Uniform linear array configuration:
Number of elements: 8
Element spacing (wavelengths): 1
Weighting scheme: kaiser
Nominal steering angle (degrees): -45
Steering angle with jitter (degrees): -45.981
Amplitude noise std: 0.05
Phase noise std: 0.05

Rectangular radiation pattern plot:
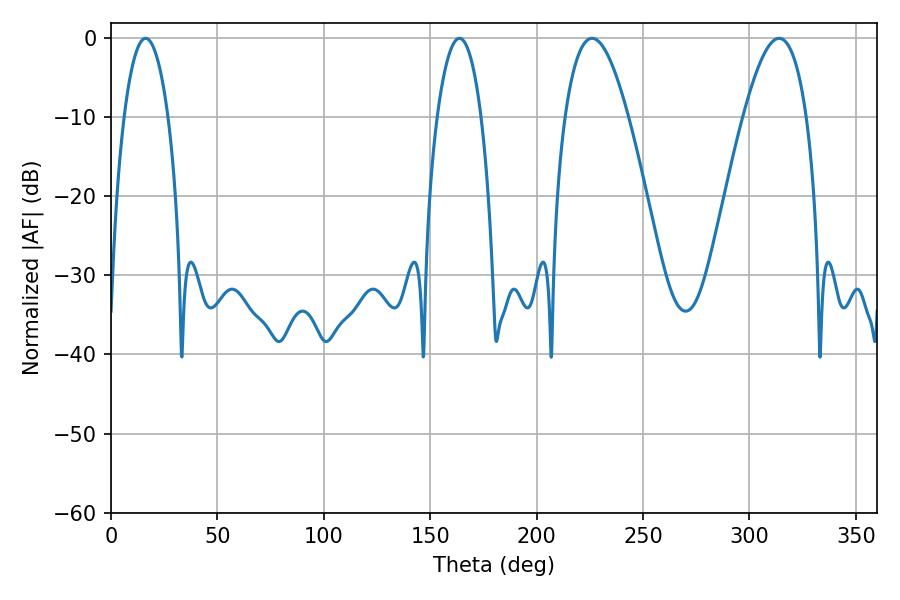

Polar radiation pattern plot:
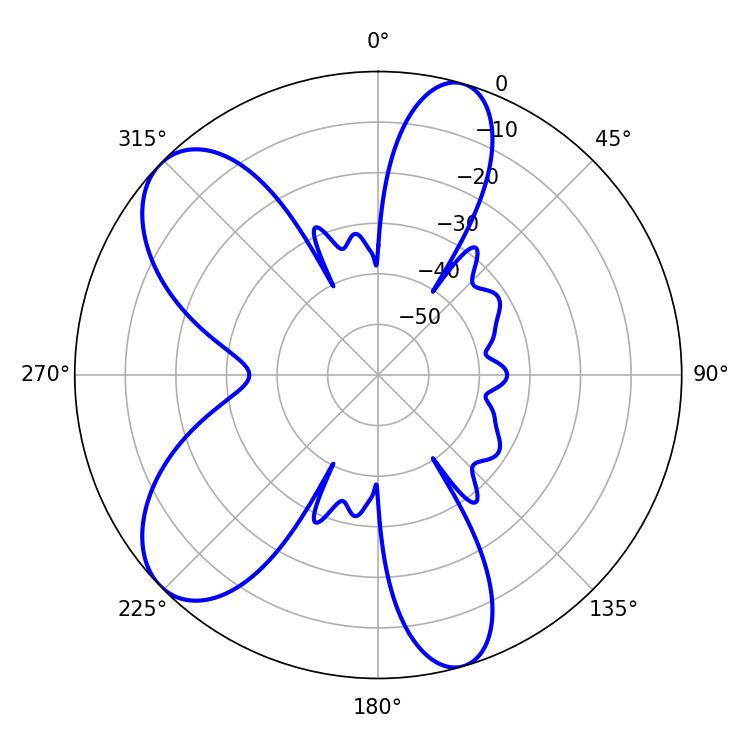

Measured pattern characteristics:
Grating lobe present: TRUE
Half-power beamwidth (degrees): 16.38
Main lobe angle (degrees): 226.08